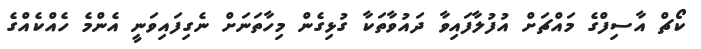
ކޯޗް އާސިފްގެ މައްޗަށް އުފުލާފައިވާ ދައުވާތަކާ ގުޅިގެން މިހާތަނަށް ނެގިފައިވަނީ އެންމެ ހެއްކެއްގެ